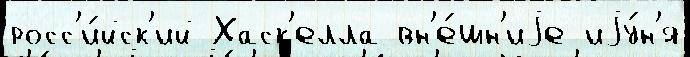
росс'и́йск'ий Хаск'елла вн'е́шн'иjе иjу́н'я